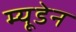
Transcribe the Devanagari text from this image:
म्यूडेन